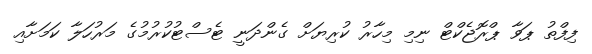
ފިފްތު ޕަވާ ޕްރޮޖެކްޓް ނިމި މިހާރު ކުރިޔަށް ގެންދަނީ ޓެސްޓުކުރުމުގެ މަރުހަލާ ކަމަށާއި